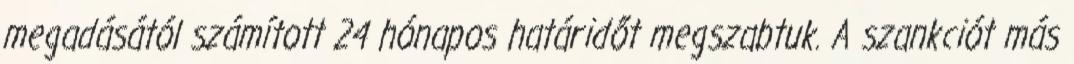
megadásától számított 24 hónapos határidőt megszabtuk. A szankciót más